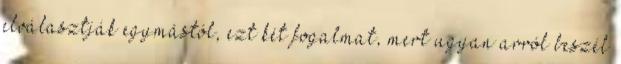
elválasztják egymástól, ezt két fogalmat, mert ugyan arról beszél